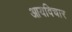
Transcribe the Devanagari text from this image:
आयविचार